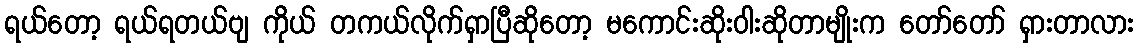
ရယ်တော့ ရယ်ရတယ်ဗျ ကိုယ် တကယ်လိုက်ရှာပြီဆိုတော့ မကောင်းဆိုးဝါးဆိုတာမျိုးက တော်တော် ရှားတာလား